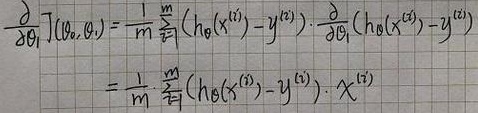
\[
\begin{align*}
\frac{\partial }{\partial \theta _{j}}J(\theta _{0},\theta _{j})&=\frac{1}{m}\sum_{i = 1}^{m}(h_{\theta}(x^{(i)})-y^{(i)})\cdot\frac{\partial }{\partial \theta _{j}}(h_{\theta}(x^{(i)})-y^{(i)})\\
&=\frac{1}{m}\sum_{i = 1}^{m}(h_{\theta}(x^{(i)})-y^{(i)})\cdot x_{j}^{(i)}
\end{align*}
\]